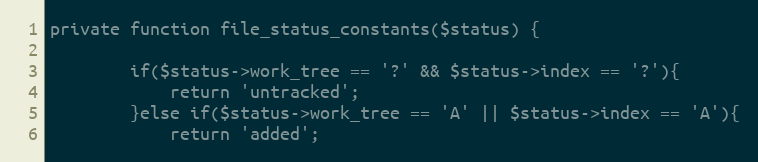
Language: PHP
private function file_status_constants($status) {

		if($status->work_tree == '?' && $status->index == '?'){
			return 'untracked';
		}else if($status->work_tree == 'A' || $status->index == 'A'){
			return 'added';